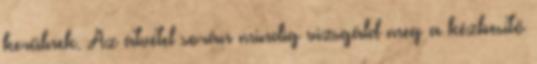
kerülnek. Az átvétel során mindig vizsgáld meg a kézbesítő